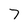
Character: 7